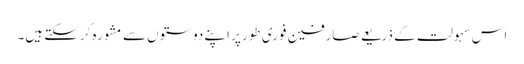
اس سہولت کے ذریعے صارفین فوری طور پر اپنے دوستوں سے مشورہ کرسکتے ہیں۔